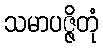
သမာပဇ္ဇိတုံ